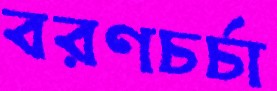
বরণচর্চা